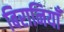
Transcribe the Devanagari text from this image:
बिरानियाँ